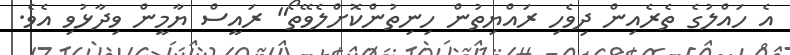
އެ ހައްލުގެ ތެރެއިން ދިވެހި ރައްޔިތުން ހިނިތުންކޮށްލެވޭތޯ" ރައީސް ޔާމީން ވިދާޅުވި އެވެ.